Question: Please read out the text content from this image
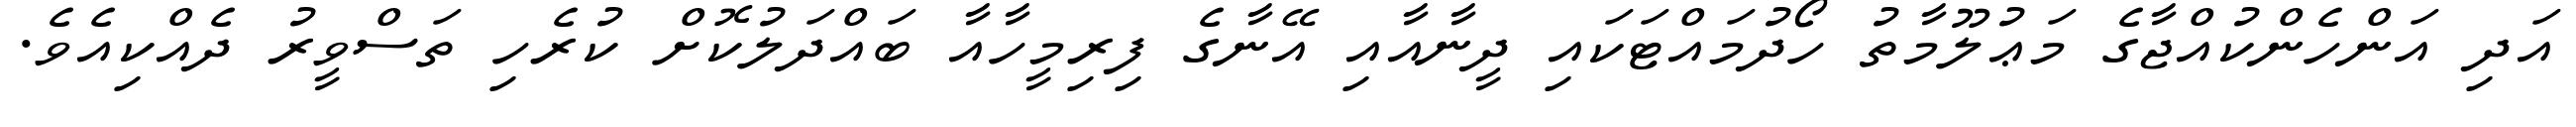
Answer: އަދި އަންހެންކުއްޖާގެ މަޢުލޫމާތު ހޯދުމައްޓަކައި ދީނާއާއި އޭނާގެ ފިރިމީހާއާ ބައްދަލުކޮށް ކުރެހި ތަސްވީރު ދެއްކިއެވެ.